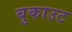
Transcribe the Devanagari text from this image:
बुकाउट